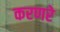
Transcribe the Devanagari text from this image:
करणरे